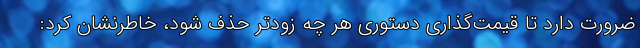
ضرورت دارد تا قیمت‌گذاری دستوری هر چه زودتر حذف شود، خاطرنشان کرد: